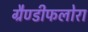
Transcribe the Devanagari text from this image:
ग्रैण्डीफलोरा